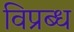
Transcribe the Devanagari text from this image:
विप्रब्ध